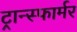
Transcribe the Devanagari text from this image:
ट्रान्स्फार्मर